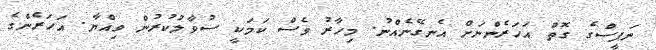
ނަފީސްގެ ގޮތް އަހަރެންނަށް އެނގޭނެއްނު. މިހާރު ވެސް ކަމަކީ ސުވާލުކުރުން ވިއްޔާ. އަހަރެންގެ